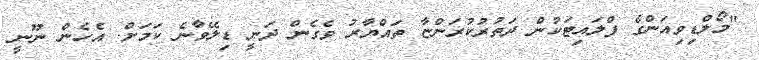
"މޯލްޑިވިއަންގެ ފްލައިޓަކުން ދަތުރުކުރަންޏާ ތައްޔާރު ވެގެން ދަނީ ޑިލޭވާނެ ކަމަށް. އެހެން ނޫނީ